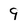
Character: 9